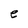
Character: e